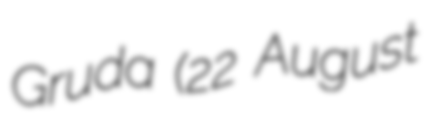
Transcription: Gruda (22 August